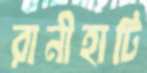
রানীহাটি